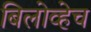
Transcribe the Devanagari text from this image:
बिलोव्हेच